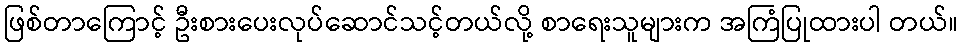
ဖြစ်တာကြောင့် ဦးစားပေးလုပ်ဆောင်သင့်တယ်လို့ စာရေးသူများက အကြံပြုထားပါ တယ်။